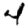
Digit: 4